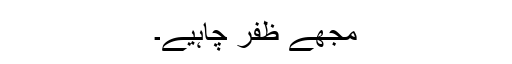
مجھے ظفر چاہیے۔